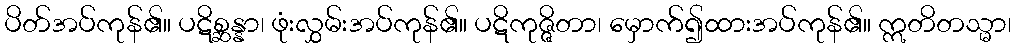
ပိတ်အပ်ကုန်၏။ ပဋိစ္ဆန္နာ၊ ဖုံးလွှမ်းအပ်ကုန်၏။ ပဋိကုဇ္ဇိတာ၊ မှောက်၍ထားအပ်ကုန်၏။ ဣတိတသ္မာ၊